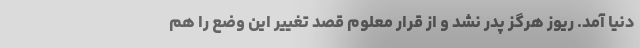
دنیا آمد. ریوز هرگز پدر نشد و از قرار معلوم قصد تغییر این وضع را هم